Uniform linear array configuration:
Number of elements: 12
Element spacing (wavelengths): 0.5
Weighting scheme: blackman
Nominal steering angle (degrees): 15
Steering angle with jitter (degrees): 15.417
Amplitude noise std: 0.05
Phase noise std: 0.05

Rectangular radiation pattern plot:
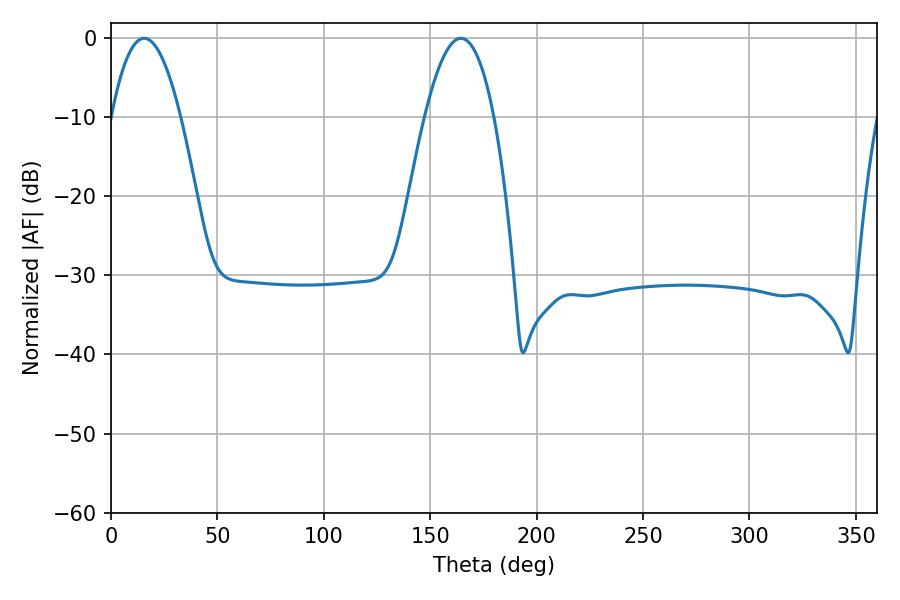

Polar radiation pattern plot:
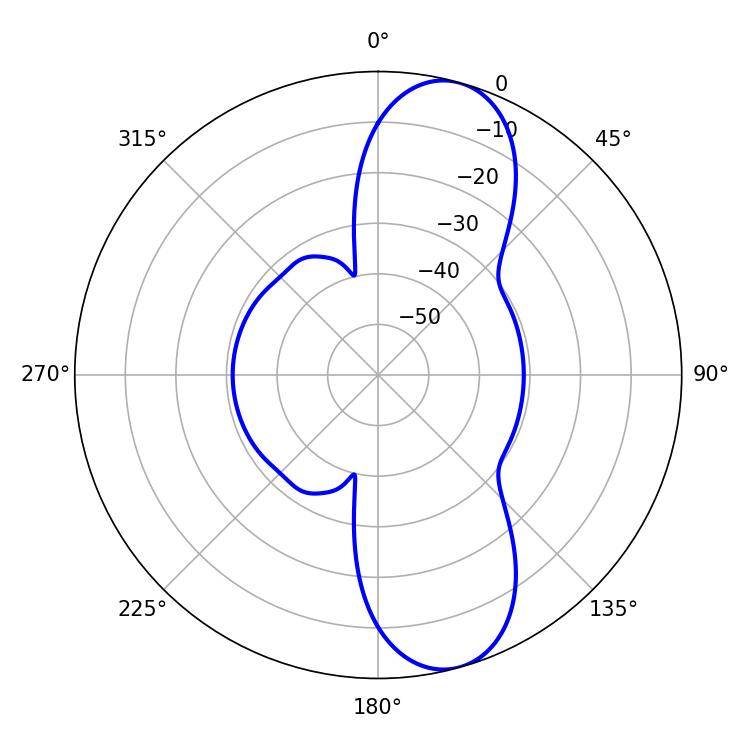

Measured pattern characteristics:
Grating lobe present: FALSE
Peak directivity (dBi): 10.344
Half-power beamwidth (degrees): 18
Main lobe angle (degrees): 15.66